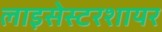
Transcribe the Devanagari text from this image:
लाइसेस्टरशायर